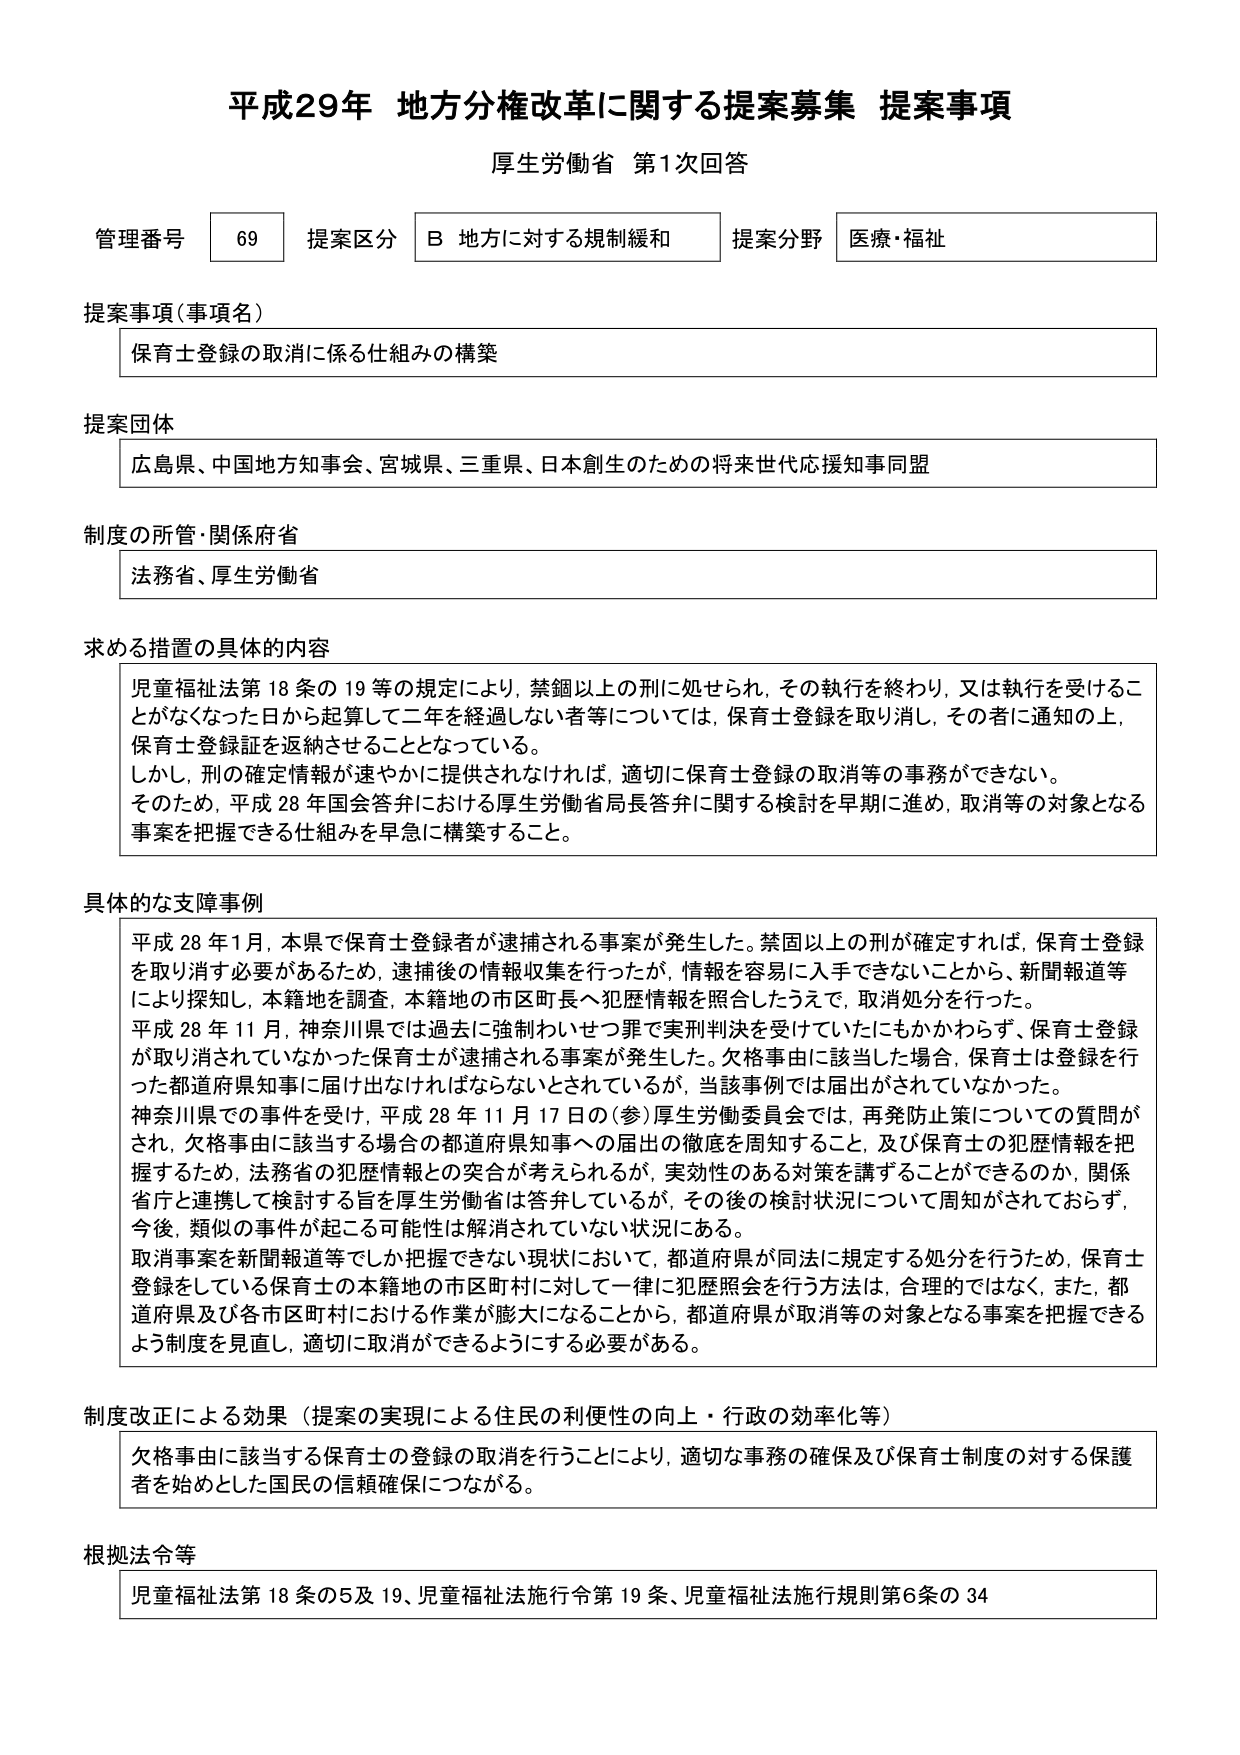
平成29年 地方分権改革に関する提案募集 提案事項
厚生労働省 第1次回答

管理番号 69 提案区分 B 地方に対する規制緩和 提案分野 医療・福祉

提案事項（事項名）
保育士登録の取消に係る仕組みの構築

提案団体
広島県、中国地方知事会、宮城県、三重県、日本創生のための将来世代応援知事同盟

制度の所管・関係府省
法務省、厚生労働省

求める措置の具体的内容
児童福祉法第18条の19等の規定により、禁錮以上の刑に処せられ、その執行を終わり、又は執行を受けることがなくなった日から起算して二年を経過しない者等については、保育士登録を取り消し、その者に通知の上、保育士登録証を返納させることとなっている。
しかし、刑の確定情報が速やかに提供されなければ、適切に保育士登録の取消等の事務ができかない。
そのため、平成28年国会答弁における厚生労働省局長答弁に関する検討を早期に進め、取消等の対象となる事案を把握できる仕組みを早急に構築すること。

具体的な支障事例
平成28年1月、本県で保育士登録者が逮捕される事案が発生した。禁固以上の刑が確定すれば、保育士登録を取り消す必要があるため、逮捕後の情報収集を行ったが、情報を容易に入手できないことから、新聞報道等により探知し、本籍地を調査、本籍地の市区町長へ犯歴情報を照合したうえで、取消処分を行った。
平成28年11月、神奈川県では過去に強制わいせつ罪で実刑判決を受けていたにもかかわらず、保育士登録が取り消されていなかった保育士が逮捕される事案が発生した。欠格事由に該当した場合、保育士は登録を行った都道府県知事に届け出なければならないとされているが、当該事例では届出がされていなかった。
神奈川県での事件を受け、平成28年11月17日の（参）厚生労働委員会では、再発防止策についての質問がされ、欠格事由に該当する場合の都道府県知事への届出の徹底を周知すること、及び保育士の犯歴情報を把握するため、法務省の犯歴情報との突合が考えられるが、実効性のある対策を講ずることができるのか、関係省庁と連携して検討する旨を厚生労働省は答弁しているが、その後の検討状況について周知がされておらず、今後、類似の事件が起こる可能性は解消されていない状況にある。
取消事案を新聞報道等でしか把握できない現状において、都道府県が同法に規定する処分を行うため、保育士登録をしている保育士の本籍地の市区町村に対して一律に犯歴照会を行う方法は、合理的ではなく、また、都道府県及び各市区町村における作業が膨大になることから、都道府県が取消等の対象となる事案を把握できるよう制度を見直し、適切に取消ができるようにする必要がある。

制度改正による効果（提案の実現による住民の利便性の向上・行政の効率化等）
欠格事由に該当する保育士の登録の取消を行うことにより、適切な事務の確保及び保育士制度の対する保護者を始めとした国民の信頼確保につながる。

根拠法令等
児童福祉法第18条の5及び19、児童福祉法施行令第19条、児童福祉法施行規則第6条の34